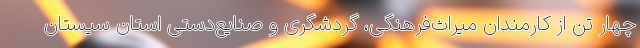
چهار تن از کارمندان میراث‌فرهنگی، گردشگری و صنایع‌دستی استان سیستان